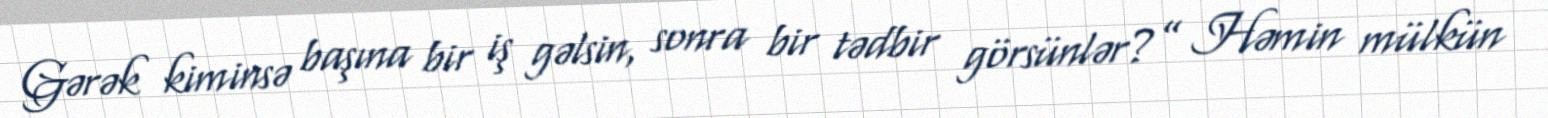
Gərək kiminsə başına bir iş gəlsin, sonra bir tədbir görsünlər?” Həmin mülkün